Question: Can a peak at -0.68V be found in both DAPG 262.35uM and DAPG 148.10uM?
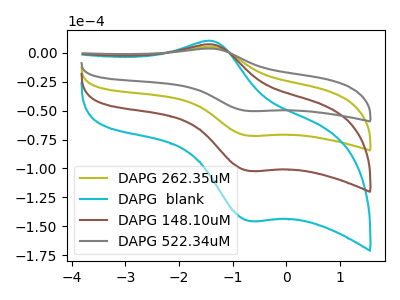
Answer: <think>The olive curve "DAPG 262.35uM" has an anodic peak at (-1.40V, 4.95uA) and a cathodic peak at (-0.70V, -71.75uA). The cyan curve "DAPG  blank" has an anodic peak at (-1.40V, 14.85uA) and a cathodic peak at (-0.70V, -215.20uA). The brown curve "DAPG 148.10uM" has an anodic peak at (-1.40V, 9.90uA) and a cathodic peak at (-0.70V, -143.45uA). The gray curve "DAPG 522.34uM" has an anodic peak at (-1.40V, 3.50uA) and a cathodic peak at (-0.70V, -50.40uA).</think>
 <answer>Yes, "DAPG 262.35uM" and "DAPG 148.10uM" share a peak at -0.68V.</answer>
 <eval>match</eval>